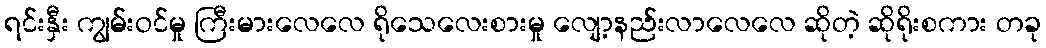
ရင်းနှီး ကျွမ်းဝင်မှု ကြီးမားလေလေ ရိုသေလေးစားမှု လျော့နည်းလာလေလေ ဆိုတဲ့ ဆိုရိုးစကား တခု